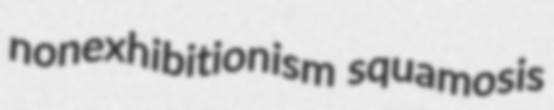
nonexhibitionism squamosis